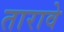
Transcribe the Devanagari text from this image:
तारावे